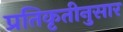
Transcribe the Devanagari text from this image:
प्रतिकृतीनुसार